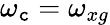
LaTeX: \omega_{\mathtt{c}}=\omega_{xg}